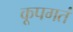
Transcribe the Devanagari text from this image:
कूपगतं